Annual report of the Punjab Veterinary College and of the Civil Veterinary Department, Punjab - 1926-1932
Year: 1926
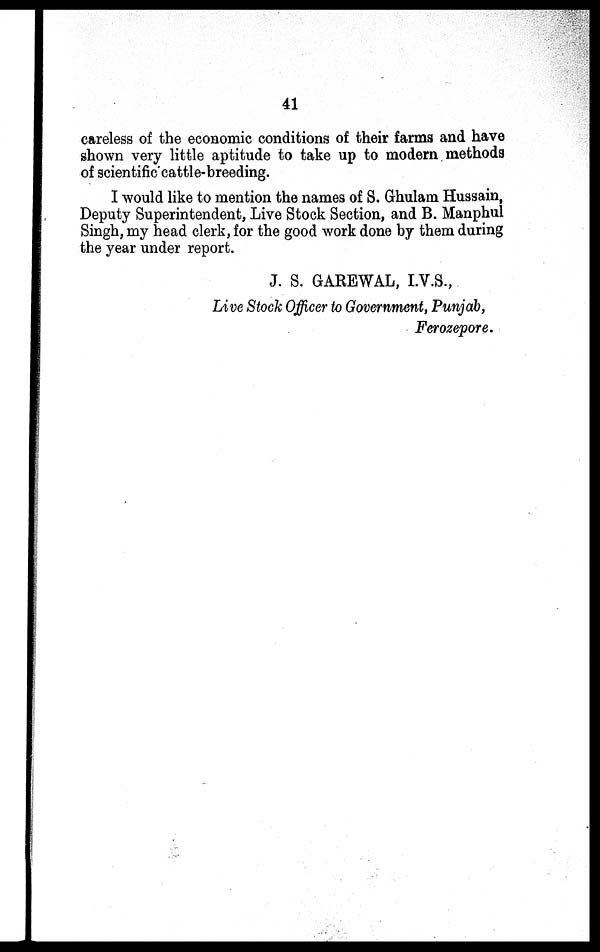
41
careless of the economic conditions of their farms and have
shown very little aptitude to take up to modern methods
of scientific cattle-breeding.
I would like to mention the names of S. Ghulam Hussain,
Deputy Superintendent, Live Stock Section, and B. Manphul
Singh, my head clerk, for the good work done by them during
the year under report.
J. S. GAREWAL, I.V.S.,
Live Stock Officer to Government, Punjab,
Ferozepore.